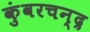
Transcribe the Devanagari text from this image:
कुंवरचन्द्र